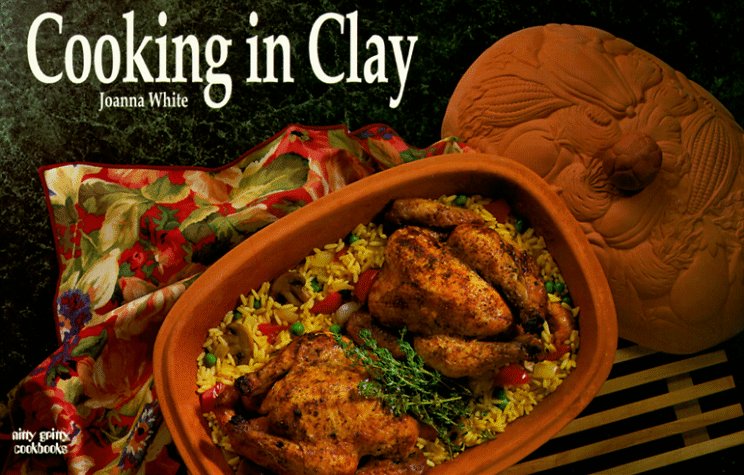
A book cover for Cooking in Clay (Nitty Gritty Cookbooks); Joanna White; Cookbooks, Food & Wine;